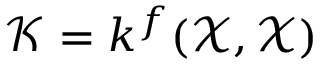
\mathcal { K } = k ^ { f } ( \mathcal { X } , \mathcal { X } )